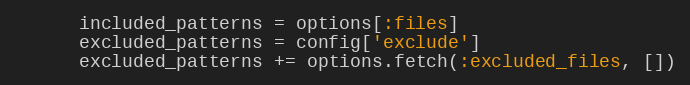
Language: Ruby
      included_patterns = options[:files]
      excluded_patterns = config['exclude']
      excluded_patterns += options.fetch(:excluded_files, [])